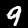
Label: 9